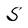
Character: S